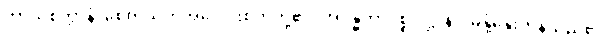
ကာယစိတ္တာနံ၊ စေတသိက်အပေါင်းစိတ်တို့၏။ အဒန္ဓတာပစ္စုပဋ္ဌာနာ၊ မနုံ့နှေးကုန်သည်၏